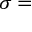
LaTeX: { \boldsymbol { \sigma } } =